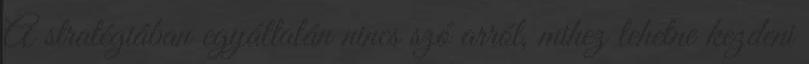
A stratégiában egyáltalán nincs szó arról, mihez lehetne kezdeni